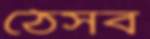
ঠেসব